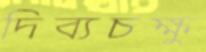
দিব্যচক্ষু